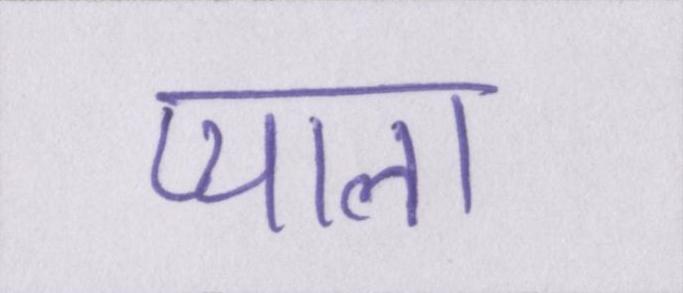
प्याला